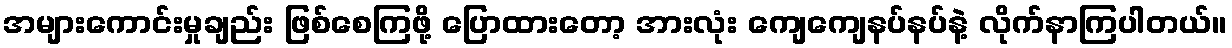
အများကောင်းမှုချည်း ဖြစ်စေကြဖို့ ပြောထားတော့ အားလုံး ကျေကျေနပ်နပ်နဲ့ လိုက်နာကြပါတယ်။